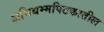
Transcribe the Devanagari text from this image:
अभिधम्मपिटकातील